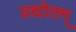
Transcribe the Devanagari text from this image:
प्रद्योतम्